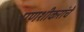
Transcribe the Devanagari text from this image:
पणशीकरांचे